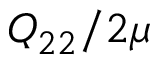
Q _ { 2 2 } / 2 \mu